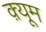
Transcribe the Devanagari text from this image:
क़्यूम